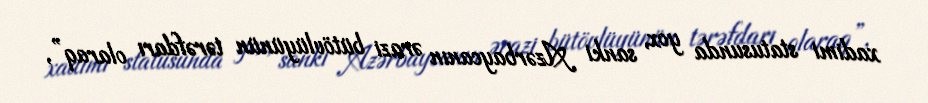
xadimi statusunda yox, sanki Azərbaycanın ərazi bütövlüyünün tərəfdarı olaraq”,